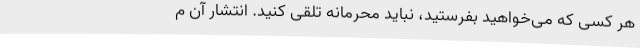
هر کسی که می‌خواهید بفرستید، نباید محرمانه تلقی کنید. انتشار آن م